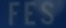
FES